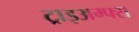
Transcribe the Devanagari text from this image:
ट्राइअम्फ्स